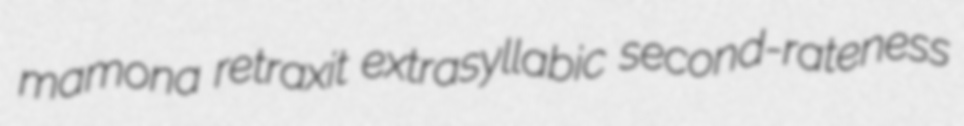
mamona retraxit extrasyllabic second-rateness